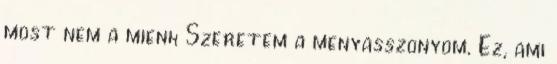
most nem a mienk Szeretem a menyasszonyom. Ez, ami